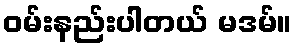
ဝမ်းနည်းပါတယ် မဒမ်။